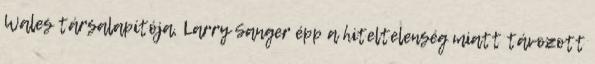
Wales társalapítója, Larry Sanger épp a hiteltelenség miatt távozott